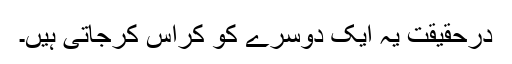
درحقیقت یہ ایک دوسرے کو کراس کرجاتی ہیں۔